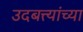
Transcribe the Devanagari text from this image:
उदबत्त्यांच्या